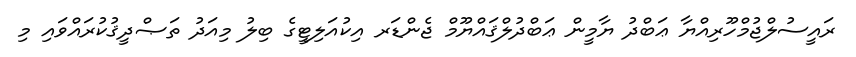
ރައީސުލްޖުމްހޫރިއްޔާ ޢަބްދު ޔާމީން ޢަބްދުލްޤައްޔޫމް ޖެންޑަރ އިކުއަލިޓީގެ ބިލު މިއަދު ތަޞްދީޤުކުރައްވައި މި